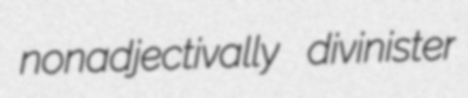
nonadjectivally divinister